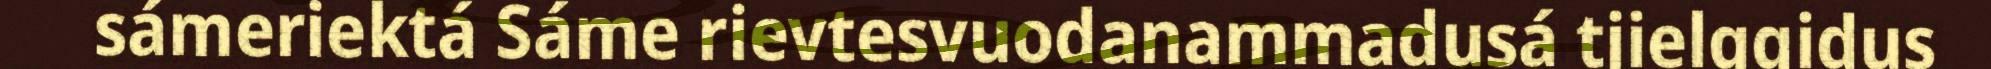
sámeriektá Sáme rievtesvuodanammadusá tjielggidus